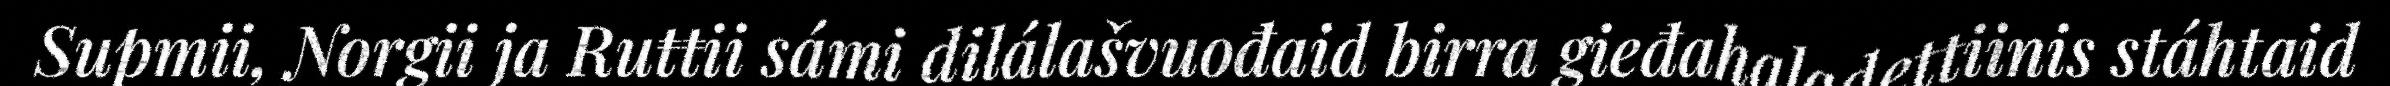
Supmii, Norgii ja Ruŧŧii sámi dilálašvuođaid birra gieđahaladettiinis stáhtaid